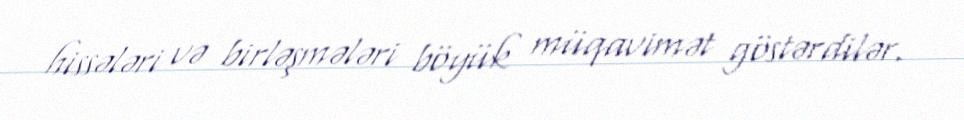
hissələri və birləşmələri böyük müqavimət göstərdilər.